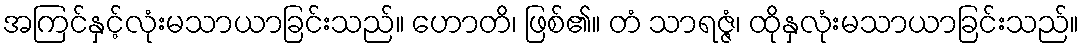
အကြင်နှင့်လုံးမသာယာခြင်းသည်။ ဟောတိ၊ ဖြစ်၏။ တံ သာရဇ္ဇံ၊ ထိုနှလုံးမသာယာခြင်းသည်။